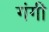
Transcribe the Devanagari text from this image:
गंगी